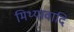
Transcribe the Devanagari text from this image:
मिथ्यावादि